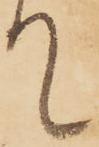
て